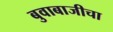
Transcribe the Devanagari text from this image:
बुवाबाजीचा